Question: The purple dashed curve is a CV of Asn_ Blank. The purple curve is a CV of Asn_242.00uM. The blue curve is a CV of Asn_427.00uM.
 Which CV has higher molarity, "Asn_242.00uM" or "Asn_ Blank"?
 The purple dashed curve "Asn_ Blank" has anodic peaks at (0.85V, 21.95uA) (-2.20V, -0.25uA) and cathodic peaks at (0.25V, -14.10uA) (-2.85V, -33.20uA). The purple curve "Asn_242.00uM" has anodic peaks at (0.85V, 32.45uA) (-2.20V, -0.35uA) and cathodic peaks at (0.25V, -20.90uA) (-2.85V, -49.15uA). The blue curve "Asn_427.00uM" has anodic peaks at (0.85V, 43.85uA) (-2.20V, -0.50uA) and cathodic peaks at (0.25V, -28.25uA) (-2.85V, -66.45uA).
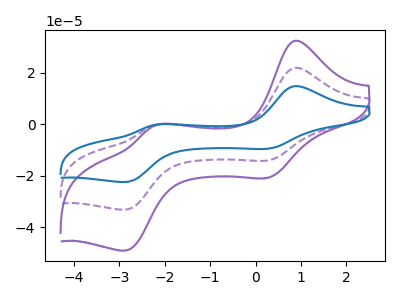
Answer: <think>All the peaks in "Asn_242.00uM" have a peak in "Asn_ Blank" at the same potential.
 </think>
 <answer>I cant tell if "Asn_242.00uM" or "Asn_ Blank" has higher concentration.</answer>
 <eval>mixed_concentration</eval>